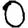
Digit: 0